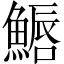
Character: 𩺦